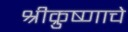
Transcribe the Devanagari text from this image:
श्रीक्रुष्णाचे